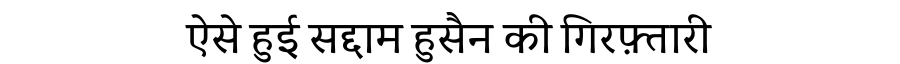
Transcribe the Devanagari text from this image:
ऐसे हुई सद्दाम हुसैन की गिरफ़्तारी